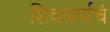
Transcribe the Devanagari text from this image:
शिवधर्माचं